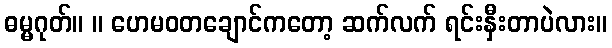
ဓမ္မဂုတ်။ ။ ဟေမဝတချောင်ကတော့ ဆက်လက် ရင်းနှီးတာပဲလား။